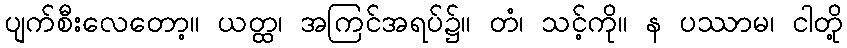
ပျက်စီးလေတော့။ ယတ္ထ၊ အကြင်အရပ်၌။ တံ၊ သင့်ကို။ န ပဿာမ၊ ငါတို့